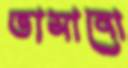
তাসানো